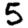
Digit: 5